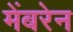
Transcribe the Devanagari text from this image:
मेंबरेन